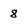
Character: 8